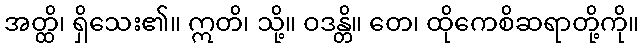
အတ္ထိ၊ ရှိသေး၏။ ဣတိ၊ သို့။ ဝဒန္တိ။ တေ၊ ထိုကေစိဆရာတို့ကို။